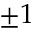
\pm 1